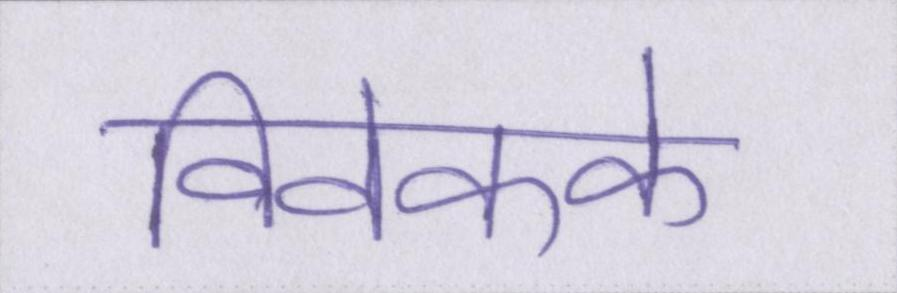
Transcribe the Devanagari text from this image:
विवेकके